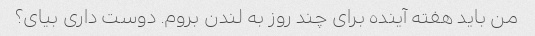
من باید هفته آینده برای چند روز به لندن بروم. دوست داری بیای؟